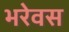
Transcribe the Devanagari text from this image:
भरेवस